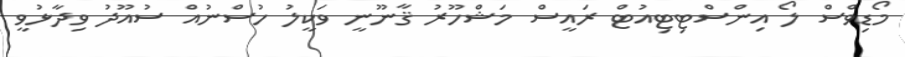
މޯޑިވްސް ލޯ އިންސްޓިޓިއުޓް ރައީސް މަޝްހޫރު ޤާނޫނީ ވަކީލު ހުސްނުއް ސުއޫދު ވިދާޅުވީ